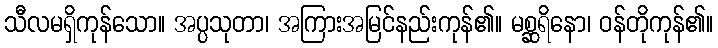
သီလမရှိကုန်သော။ အပ္ပသုတာ၊ အကြားအမြင်နည်းကုန်၏။ မစ္ဆရိနော၊ ဝန်တိုကုန်၏။